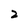
Character: 2